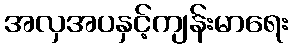
အလှအပနှင့်ကျန်းမာရေး